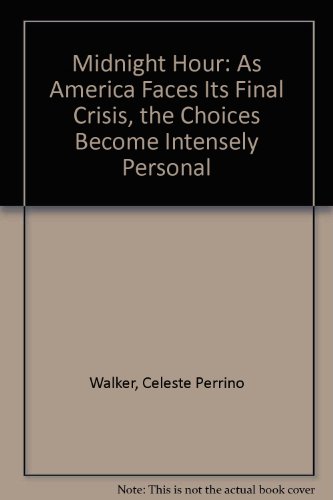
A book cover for Midnight Hour: As America Faces Its Final Crisis, the Choices Become Intensely Personal; CÃ©leste Perrino-Walker; Christian Books & Bibles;